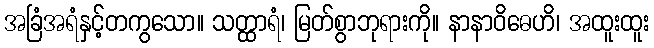
အခြံအရံနှင့်တကွသော။ သတ္ထာရံ၊ မြတ်စွာဘုရားကို။ နာနာဝိဓေဟိ၊ အထူးထူး